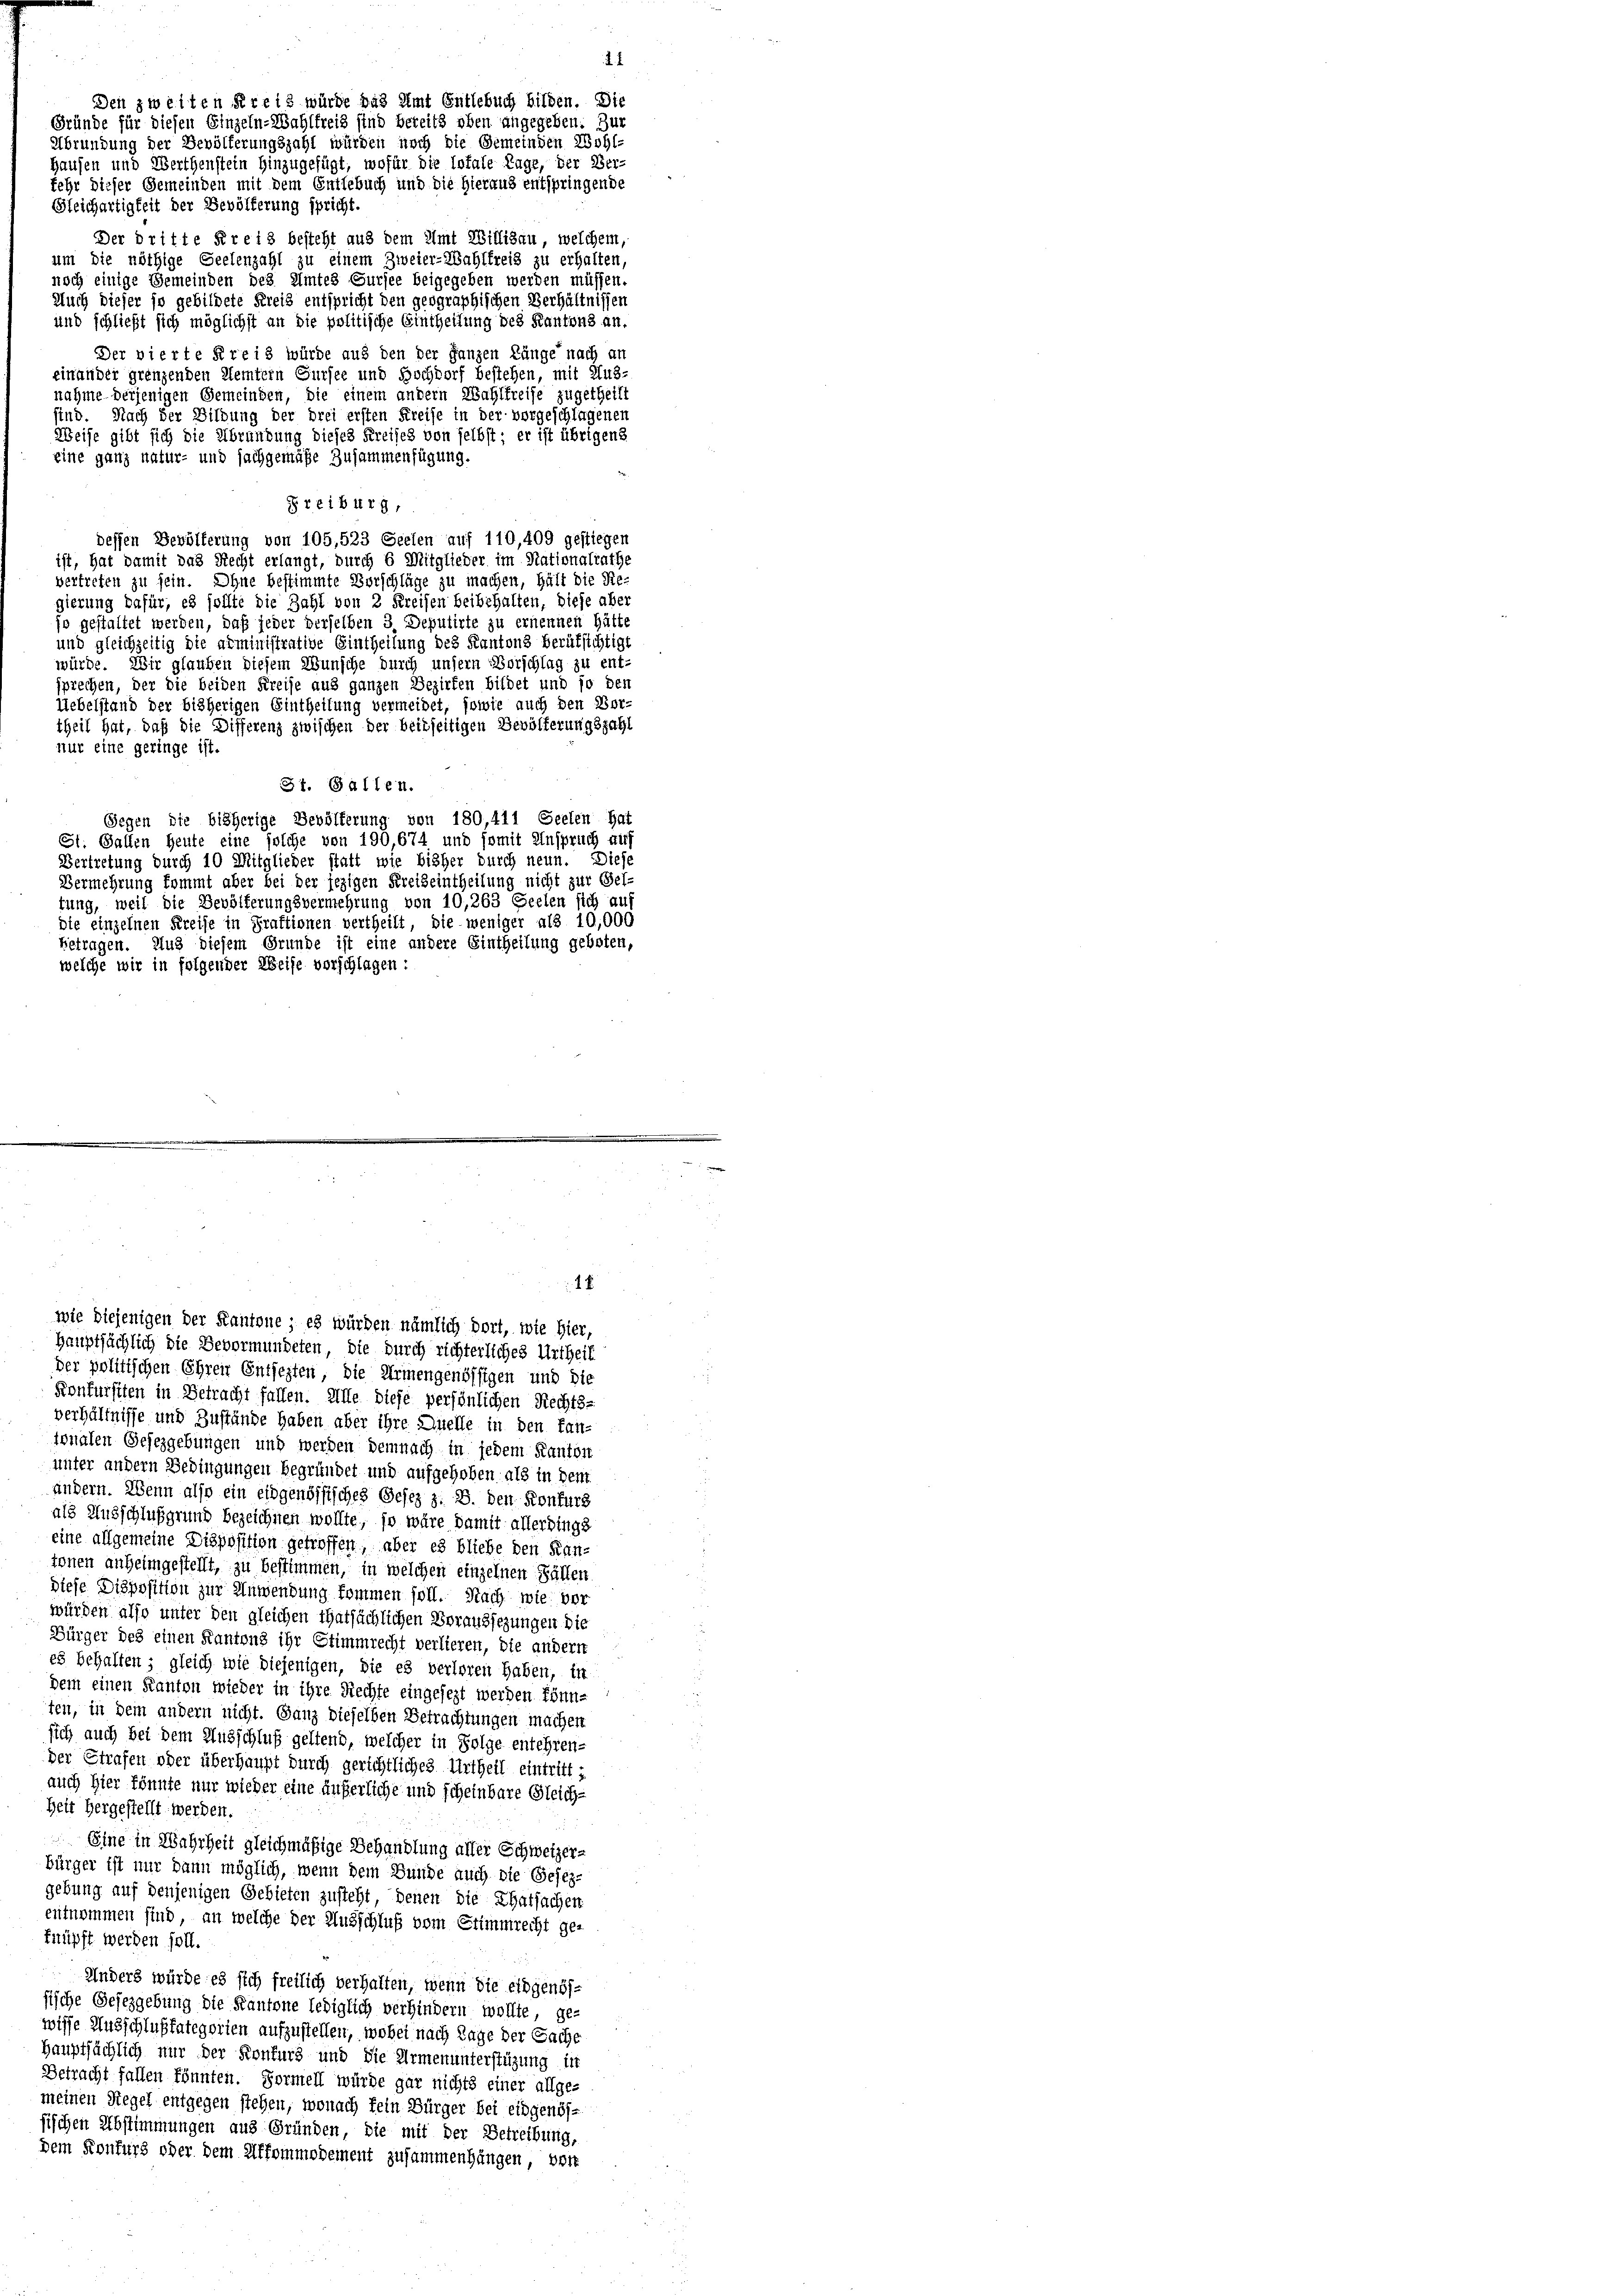
Den zweiten Kreis würde das Amt Entlebuch bilden. Die
Gründe für diesen Einzeln-Wahlfreis sind bereits oben angegeben. Zur
Abrundung der Bevölferungszahl würden noch die Gemeinden Wohl-
Hausen und Werthenstein hinzugefügt, wofür die Totale Lage, der Ber-
fehr dieser Gemeinden mit dem Entlebuch und die Hieraus entspringende
Gleichartigkeit der Bevölferung spricht.
Der dritte Kreis besteht aus dem Amt Willisau, welchem,
um die nöthige Seelenzahl zu einem Zweier-Wahlfreis zu erhalten,
noch einige Gemeinden des Amtes Sursee beigegeben werden müssen.
Auch dieser so gebildete Kreis entspricht den geographischen Verhältnissen
und schließt sich möglichst an die politische Eintheilung des Kantons an.
Der vierte Kreis würde aus den der ganzen Länge nach an
einander grenzenden Kemtern Gursee und Hochdorf bestehen, mit Aus-
nahme derjenigen Gemeinden, die einem andern Wahlkreise zugetheilt
sind. Nach der Sitzung der drei ersten Kreise in der vorgeschlagenen
Weise gibt sich die Abrundung dieses Kreises von selbst; er ist übrigens
eine ganz natur- und sachgemäße Zusammenfügung.
Freiburg,
dessen Bevölferung von 105,523 Seelen auf 110,409 gestiegen
ist, hat damit das Recht erlangt, durch 6 Mitglieder im Nationalrathe
vertreten zu sein. Ohne bestimmte Vorschläge zu machen, hält die Re-
gierung dafür, es sollte die Zahl von 2 Kreisen beibehalten, diese aber
jo gestaltet werden, daß jeder derselben 3 Deputirte zu ernennen hätte
und gleichzeitig die administrative Eintheilung des Kantons berufsichtigt
würde. Wir glauben diesem Wunsche durch unsern Vorschlag zu ent-
sprechen, der die beiden Kreise aus ganzen Bezirken bildet und so den
Uebelstand der bisherigen Eintheilung vermeidet, sowie auch den Vor-
theil hat, daß die Differenz zwischen der beidseitigen Bevölferungszahl
nur eine geringe ist.
St. Gallen.
Gegen die bisherige Bevölkerung von 180,411 Seelen hat
St. Gallen heute eine solche von 190,674 und somit Anspruch auf
Vertretung durch 10 Mitglieder statt wie bisher durch neun. Diese
Vermehrung kommt aber bei der jezigen Kreiseintheilung nicht zur Gel-
tung, weil die Bevölferungsvermehrung von 10,263 Seelen sich auf
die einzelnen Kreise in Praktionen vertheilt, die weniger als 10,000
betragen. Und diesem Grunde ist eine andere Eintheilung geboten,
welche wir in folgender Weise vorschlagen:

2.

wie diejenigen der Kantone; es würden nämlich dort, wie hier,
Hauptsächlich die Bevormundeten, die durch richterliches Urtheil
Der politischen Ehren Entfezten, die Armengenössigen und die
Konfursiten in Betracht fallen. Alle diese persönlichen Rechts-
verhältnisse und Zustände haben aber ihre Quelle in den fan-
ionalen Gesezgebungen und werden demnach in jedem Kanton
unter andern Bedingungen begründet und aufgehoben als in dem
ändern. Wenn also ein eidgenössisches Gesez z. B. den Konfurs
als Ausschlußgrund bezeichnen wollte, so wäre damit allerdings
eine allgemeine Disposition getroffen, aber es bliebe den Kan-
tonen anheimgestellt, zu bestimmen, in welchen einzelnen Fällen.
diese Disposition zur Anwendung kommen soll. Nach wie ver
würden also unter den gleichen Thatsächlichen Voraussezungen die
Bürger des einen Kantons ihr Stimmrecht verlieren, die andern
es behalten; gleich wie diejenigen, die es verloren haben, in
dem einen Kanton wieder in ihre Rechte eingesezt werden könnten, in dem andern nicht. Ganz dieselben Betrachtungen machen
sich auch bei dem Ausschluß geltend, welcher in Folge entehren-
der Strafen oder überhaupt durch gerichtliches Urtheil eintritt i
auch hier könnte nur wieder eine äußerliche und scheinbare Gleich-
Zeit hergestellt werden.
Eine in Wahrheit gleichmäßige Behandlung aller Schweizer-
bürger ist nur dann möglich, wenn dem Bunde auch die Gesezgebung auf denjenigen Gebieten zusteht, denen die Thatsachen
entnommen sind, an welche der Ausschluß vom Stimmrecht ge-
knüpft werden soll.
Anders würde es sich freilich verhalten, wenn die eidgenössische Gesezgebung die Kantone lediglich verhindern wollte, ge-
wisse Ausschlußfategorien aufzustellen, wobei nach Tage der Sache
Hauptsächlich nur der Konkurs und die Armenunterstüzung ist
Betracht fallen könnten. Formell würde gar nichts einer allge-
meinen Regel entgegen stehen, wonach fein Bürger bei eidgenösfischen Abstimmungen aus Gründen, die mit der Betreibung,
Dem Konfurs oder dem Affommodement zusammenhängen, vor

2 x

e